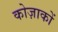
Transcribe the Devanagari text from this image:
कोज़ाकों